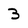
Character: 3